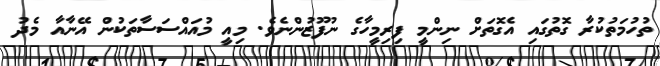
ތުހުމަތުކުރާ ގޮތުގައި އެގޮތަށް ނިންމީ ފިރިމީހާގެ ނުފޫޒުންނެވެ. މިއީ މުއައްސަސާތަކުން އޭނާއާ މެދު